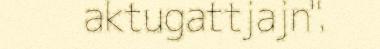
aktugattjajn".